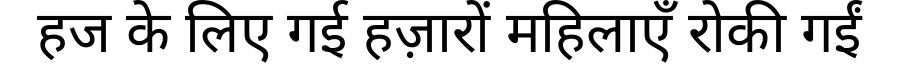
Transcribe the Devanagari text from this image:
हज के लिए गई हज़ारों महिलाएँ रोकी गईं